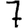
Digit: 7